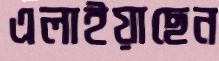
এলাইয়াছেন